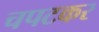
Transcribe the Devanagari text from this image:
चपटकर